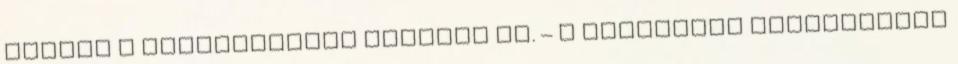
jutott a törökbálinti szakasz is. – E csonkítás behatárolta